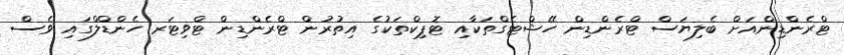
ޓްރެންޑިންއަށް ބެލިޔަސް ޓްރެންޑިން ހޭޝްޓެގްތަކާއި ޓޮޕިކްތަކުގެ އިތުރުން ޓްރެންޑިން ޓްވިޓަރ ހެންޑްލްގައި ވެސް